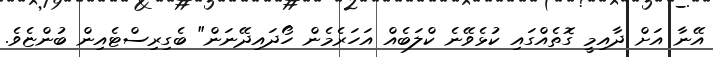
އޭނާ އަށް ދާއިމީ ގޮތެއްގައި ކުޅެވޭނެ ކްލަބެއް އަހަރެމެން ހޯދައިދޭނަން" ބެގިރިސްޓެއިން ބުންޏެވެ.